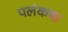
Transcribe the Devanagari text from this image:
पलंकषा